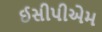
ઈસીપીએમ